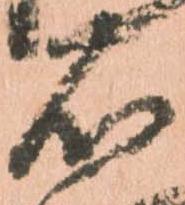
石